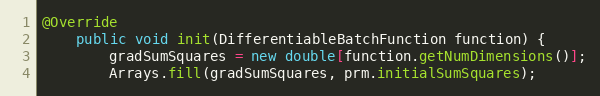
Language: Java
@Override
    public void init(DifferentiableBatchFunction function) {
        gradSumSquares = new double[function.getNumDimensions()];
        Arrays.fill(gradSumSquares, prm.initialSumSquares);